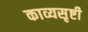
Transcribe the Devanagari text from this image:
काव्यसृष्टी